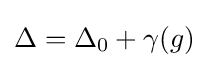
\Delta =\Delta _{0}+\gamma (g)